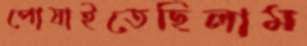
পোষাইতেছিলাম